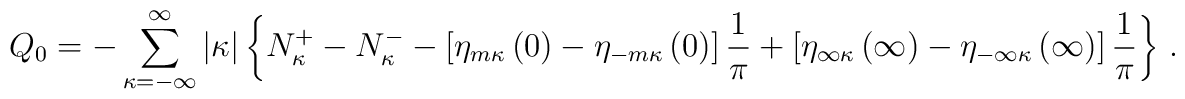
Q_0=-\sum_{\kappa=-\infty}^\infty\vert\kappa\vert\left\{N_\kappa^+-N_\kappa^--\left[\eta_{m\kappa}\left(0\right)-\eta_{-m\kappa}\left(0\right)\right]\frac{1}{\pi}+\left[\eta_{\infty\kappa}\left(\infty\right)-\eta_{-\infty\kappa}\left(\infty\right)\right]\frac{1}{\pi}\right\}\,.